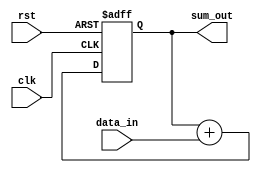
module accumulator (
    input wire clk,
    input wire rst,
    input wire signed [15:0] data_in,
    output reg signed [31:0] sum_out
);

reg signed [31:0] accumulator;

always @(posedge clk or posedge rst) begin
    if (rst) begin
        accumulator <= 0;
    end else begin
        accumulator <= accumulator + data_in;
    end
end

assign sum_out = accumulator;

endmodule